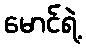
မောင်ရဲ့